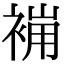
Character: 𧚸